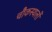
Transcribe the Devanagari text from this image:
चौकस्थलों